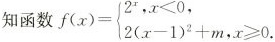
函数$$f(x)= \left\{ \begin{matrix} 2^{x},x<0, \\ 2(x-1)^{2}+m,x \geq 0. \\ \end{matrix} \right.$$